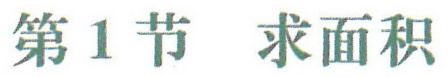
第1节 求面积